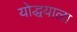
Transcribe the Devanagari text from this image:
योद्धयाला